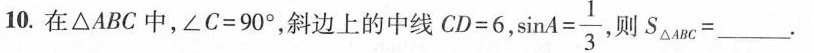
10.在△ABC中，$$∠ C = 9 0 °$$，斜边上的中线$$ C D = 6 $$， $$\sinA= \frac{1}{3}$$ 则S \bigtriangleup ABC=____.